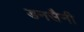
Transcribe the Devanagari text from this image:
डनसैनी